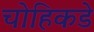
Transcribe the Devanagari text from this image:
चोहिकडे